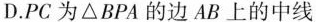
D. PC为△BPA的边AB上的中线